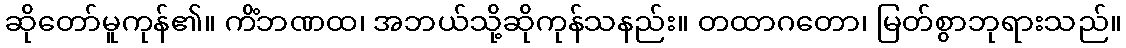
ဆိုတော်မူကုန်၏။ ကိံဘဏထ၊ အဘယ်သို့ဆိုကုန်သနည်း။ တထာဂတော၊ မြတ်စွာဘုရားသည်။